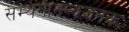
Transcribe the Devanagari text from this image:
सम्यगानन्दजनकः